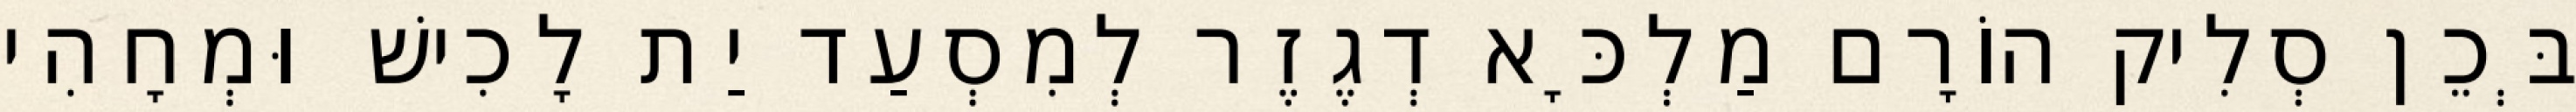
בְּכֵן סְלִיק הוֹרָם מַלְכָּא דְגֶזֶר לְמִסְעַד יַת לָכִישׁ וּמְחָהִי